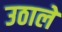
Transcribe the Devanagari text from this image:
उठाले